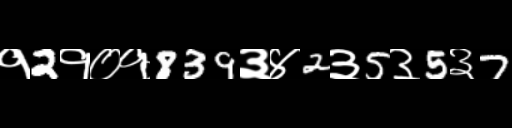
Text: १2१०१839३४2३5३5३7